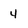
Character: 4